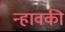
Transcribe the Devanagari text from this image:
न्हावकी